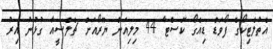
އެތުލެޓިކޯގެ ފޯވަޑް ޑިއެގޯ ކޮސްޓާ 44 މިލިއަން ޔޫރޯއަށް ޗެލްސީއާ ގުޅުނު އިރު